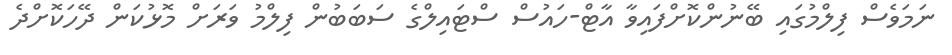
ނަމަވެސް ފިލްމުގައި ބޭނުންކޮށްފައިވާ އާޓް-ހައުސް ސްޓައިލްގެ ސަބަބުން ފިލްމު ވަރަށް މޮޅުކަން ދޭހަކޮށްދެ